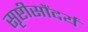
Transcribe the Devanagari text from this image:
सृष्टीसौंदर्य